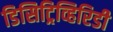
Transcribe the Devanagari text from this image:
डिसिट्रिव्हिरिडी